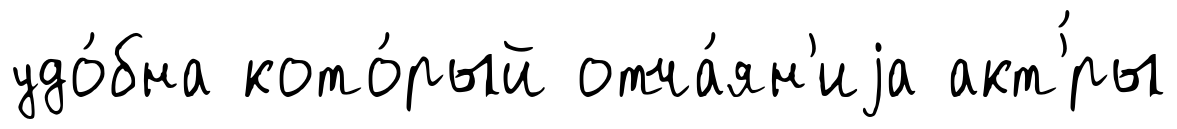
удо́бна кото́рый отча́ян'иjа акт'́ры